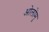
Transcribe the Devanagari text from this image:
ओलोमु